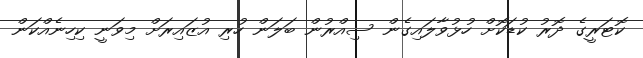
ކޮޓަރީގެ ދޮރު ކުޑަކޮށް ހުޅުވާލައިގެން ސިއްރުން ބަލަން ހުރި އުޒައިރަށް މިވަނީ ކިހިނެއްކަން